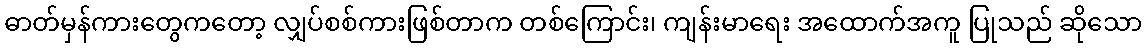
ဓာတ်မှန်ကားတွေကတော့ လျှပ်စစ်ကားဖြစ်တာက တစ်ကြောင်း၊ ကျန်းမာရေး အထောက်အကူ ပြုသည် ဆိုသော